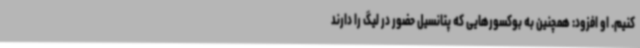
‌کنیم. او افزود: همچنین به بوکسورهایی که پتانسیل حضور در لیگ را دارند